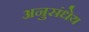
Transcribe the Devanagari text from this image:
अनुसंधेय